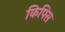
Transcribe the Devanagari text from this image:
किपिस